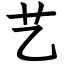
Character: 艺